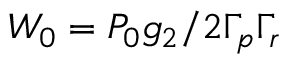
W _ { 0 } = { P _ { 0 } g _ { 2 } } / { 2 \Gamma _ { p } \Gamma _ { r } }